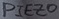
Text: PIEZO